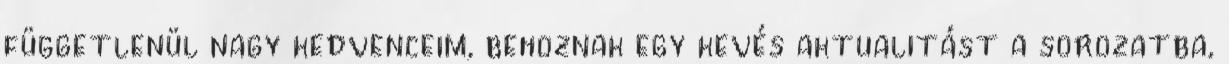
függetlenül nagy kedvenceim, behoznak egy kevés aktualitást a sorozatba,